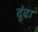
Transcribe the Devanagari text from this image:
दूंढा